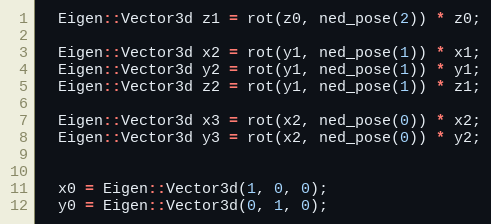
Language: C++
  Eigen::Vector3d z1 = rot(z0, ned_pose(2)) * z0;

  Eigen::Vector3d x2 = rot(y1, ned_pose(1)) * x1;
  Eigen::Vector3d y2 = rot(y1, ned_pose(1)) * y1;
  Eigen::Vector3d z2 = rot(y1, ned_pose(1)) * z1;

  Eigen::Vector3d x3 = rot(x2, ned_pose(0)) * x2;
  Eigen::Vector3d y3 = rot(x2, ned_pose(0)) * y2;

  x0 = Eigen::Vector3d(1, 0, 0);
  y0 = Eigen::Vector3d(0, 1, 0);